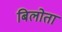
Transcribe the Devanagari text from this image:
बिलोता